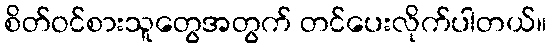
စိတ်ဝင်စားသူတွေအတွက် တင်ပေးလိုက်ပါတယ်။